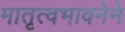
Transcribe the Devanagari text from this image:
मातृत्वभावनेने